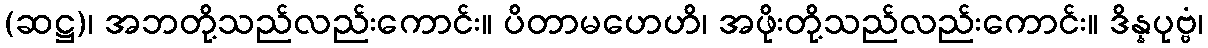
(ဆဋ္ဌ)၊ အဘတို့သည်လည်းကောင်း။ ပိတာမဟေဟိ၊ အဖိုးတို့သည်လည်းကောင်း။ ဒိန္နပုဗ္ဗံ၊